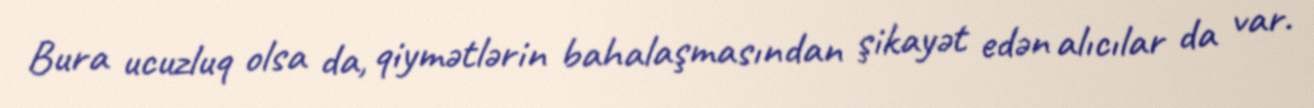
Bura ucuzluq olsa da, qiymətlərin bahalaşmasından şikayət edən alıcılar da var.